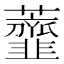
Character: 虀